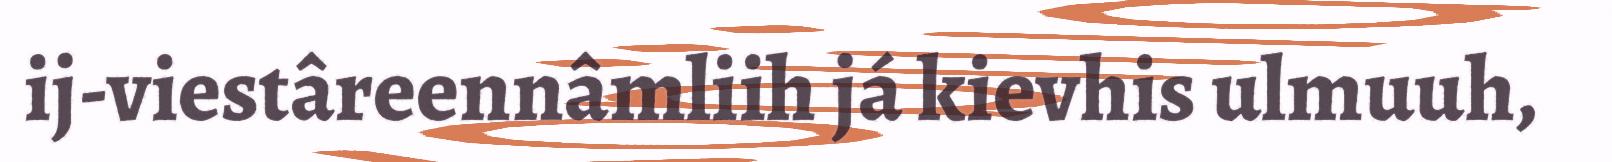
ij-viestâreennâmliih já kievhis ulmuuh,